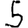
Digit: 5